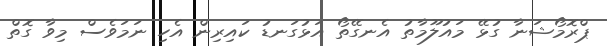
ޕްރޮމޯޝަނާ ގުޅޭ މައުލޫމާތު އެނގޭތޯ އަޅުގަނޑު ކައިރިން އެހި ނަމަވެސް މިވާ ގޮތް